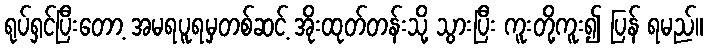
ရုပ်ရှင်ပြီးတော့ အမရပူရမှတစ်ဆင့် အိုးထုတ်တန်းသို့ သွားပြီး ကူးတို့ကူး၍ ပြန် ရမည်။